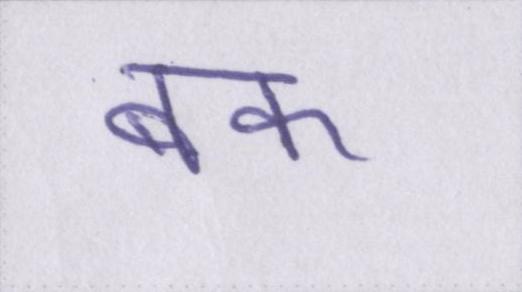
बक